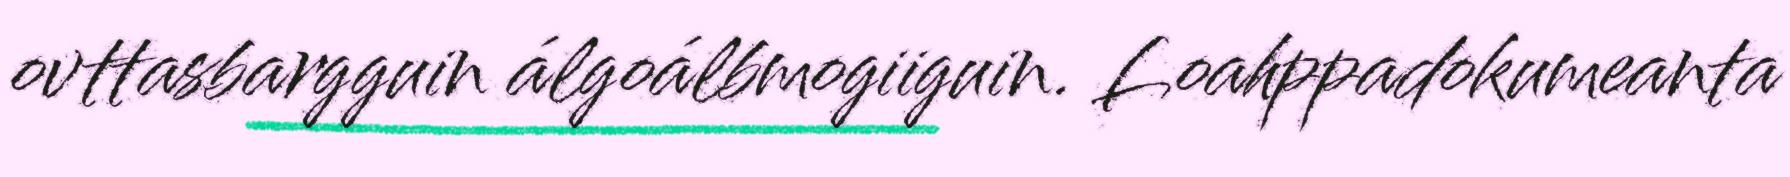
ovttasbargguin álgoálbmogiiguin. Loahppadokumeanta